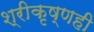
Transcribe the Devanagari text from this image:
श्रीकृष्णही